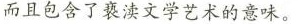
而且包含了亵渎文学艺术的意味。